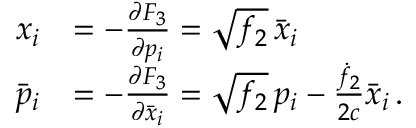
\begin{array} { r l } { x _ { i } } & { = - \frac { \partial F _ { 3 } } { \partial p _ { i } } = \sqrt { f _ { 2 } } \, \bar { x } _ { i } } \\ { \bar { p } _ { i } } & { = - \frac { \partial F _ { 3 } } { \partial \bar { x } _ { i } } = \sqrt { f _ { 2 } } \, p _ { i } - \frac { \dot { f } _ { 2 } } { 2 c } \bar { x } _ { i } \, . } \end{array}